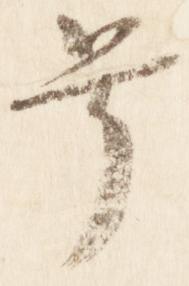
号